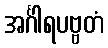
အင်္ဂါရပဗ္ဗတံ